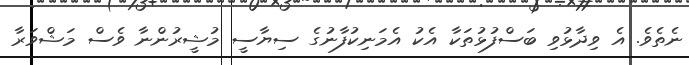
ނެތެވެ. އެ ވިދާޅުވި ބަސްފުޅުތަކާ އެކު އެމަނިކުފާނުގެ ސިޔާސީ މުޝީރުންނާ ވެސް މަޝްވަރާ